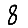
Digit: 8